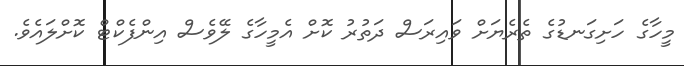
މީހާގެ ހަށިގަނޑުގެ ތެރެޔަށް ވައިރަސް ދަތުރު ކޮށް އެމީހާގެ ލޭވެސް އިންފެކްޓް ކޮށްލައެވެ.